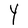
Character: Y